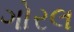
ગોરલ